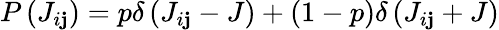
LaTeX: P\left({{J}_{i\mathbf{j}}}\right)=p\delta\left({{J}_{i\mathbf{j}}}-J\right)+(1-p)\delta\left({{J}_{i\mathbf{j}}}+J\right)